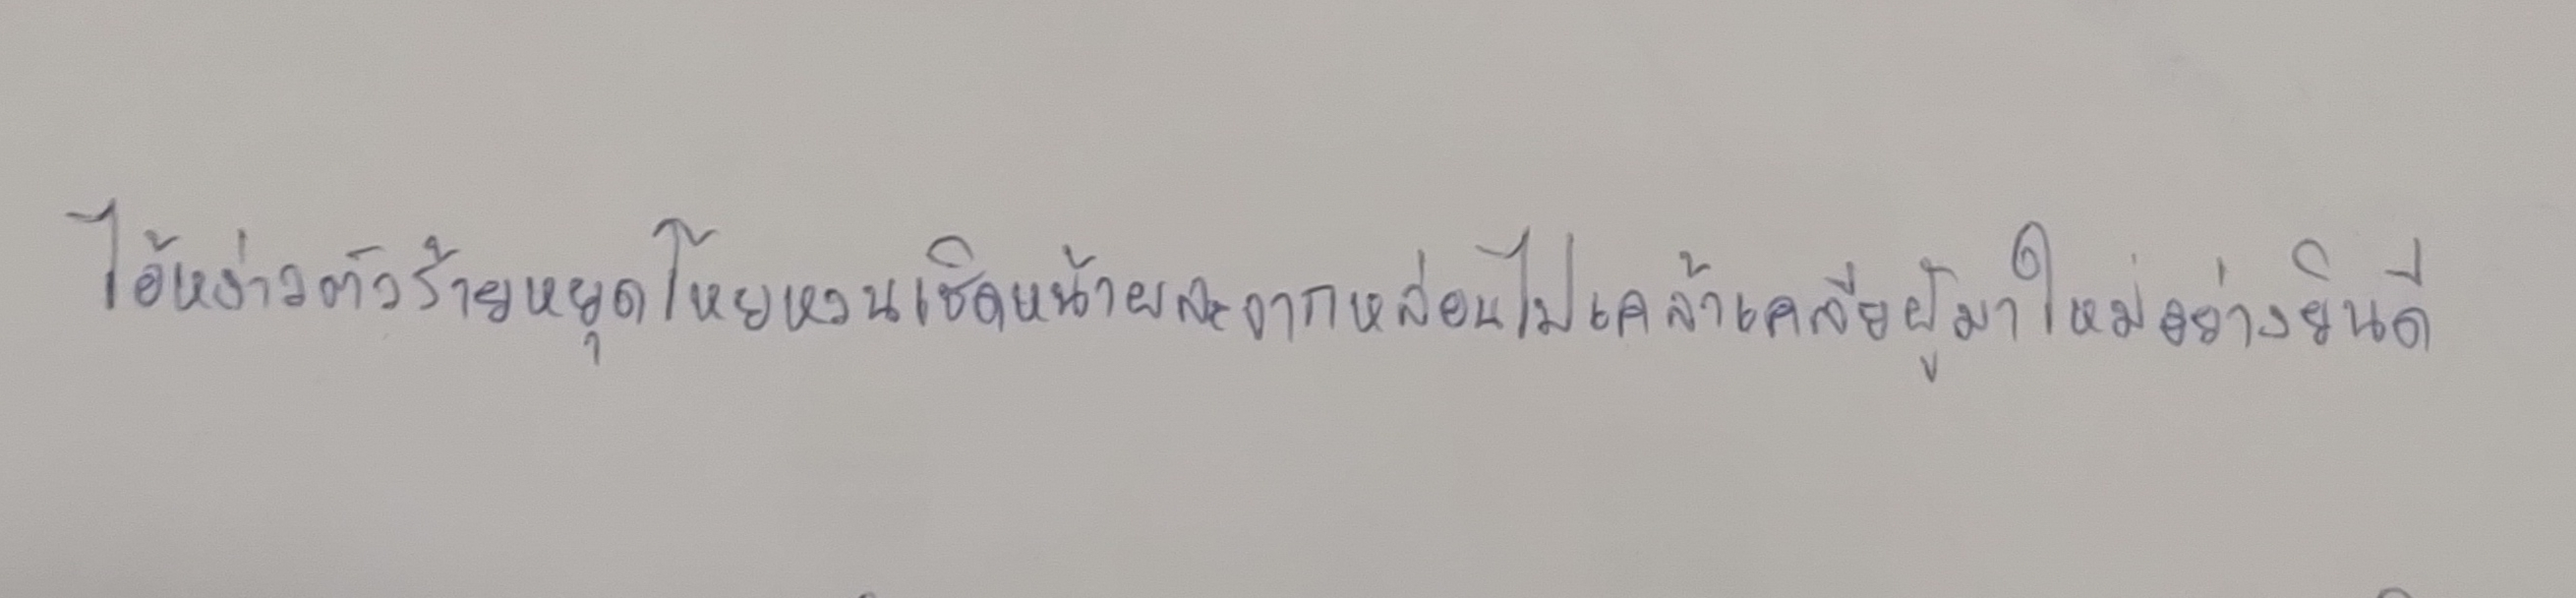
ไอ้หง่าวตัวร้ายหยุดโหยหวนเชิดหน้าผละจากหล่อนไปเคล้าเคลียผู้มาใหม่อย่างยินดี